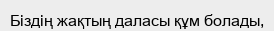
Біздің жақтың даласы құм болады,